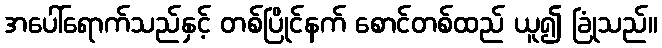
အပေါ်ရောက်သည်နှင့် တစ်ပြိုင်နက် စောင်တစ်ထည် ယူ၍ ခြုံသည်။